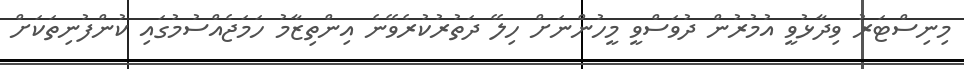
މިނިސްޓަރު ވިދާޅުވީ އުމުރުން ދުވަސްވީ މީހުންނަށް ހިލޭ ދަތުރުކުރެވޭނެ އިންތިޒާމު ހަމަޖެއްސުމުގައި ކުންފުނިތަކަށް